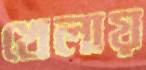
খেলায়